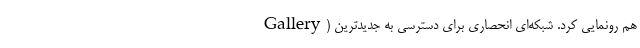
Gallery) هم رونمایی کرد. شبکه‌ای انحصاری برای دسترسی به جدیدترین